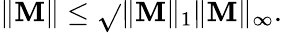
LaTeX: \| \mathbf{M}\| \leq\sqrt{}{{\| \mathbf{M}\| _{1}\| \mathbf{M}\| _{\infty}}}.